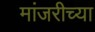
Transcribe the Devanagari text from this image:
मांजरीच्या